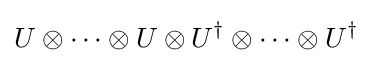
U\otimes \cdots \otimes U\otimes U^{\dagger }\otimes \cdots \otimes U^{\dagger }